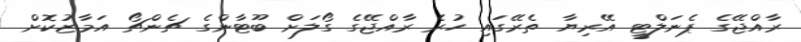
ރާއްޖޭގެ ޕެނަލްޓީ އޭރިޔާ ތެރޭގައި ހުރެ ރާއްޖޭގެ ގޯލަށް ބޫޓާންގެ ޗެންޗޯ އަމާޒުކޮށް